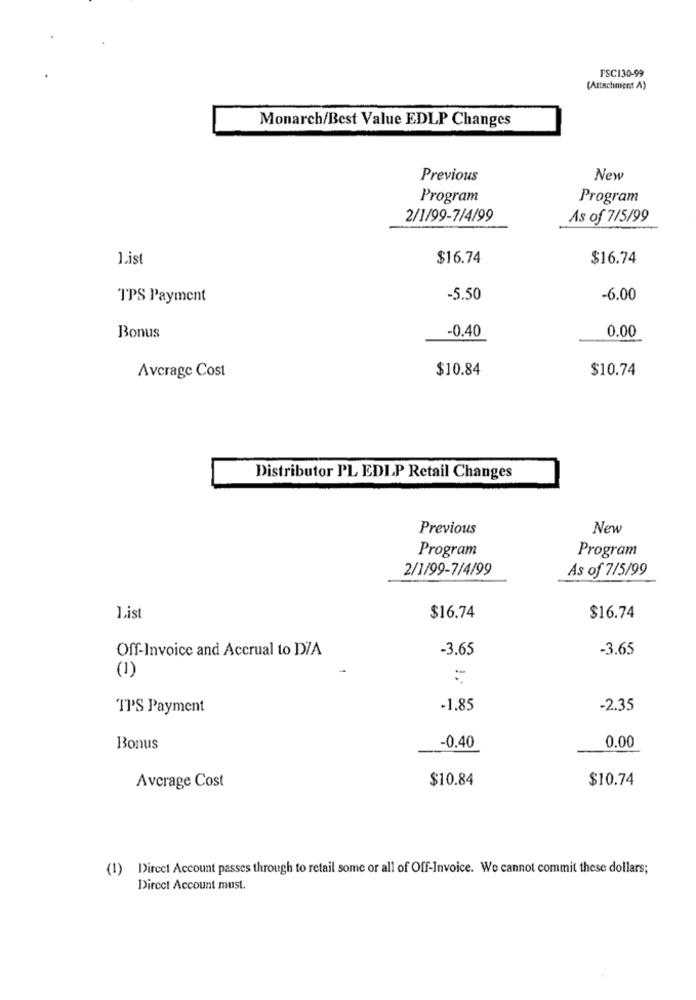
FSC130-99
(Attachment A)
Monarch/Best Value EDLP Changes
Previous
New
Program
Program
2/1/99-7/4/99
As of 7/5/99
List
$16.74
$16.74
TPS Payment
-5.50
-6.00
-0.40
0.00
Bonus
$10.84
$10.74
Average Cost
Distributor PL EDIP Retail Changes
Previous
New
Program
Program
2/1/99-7/4/99
As of 7/5/99
$16.74
$16.74
1.ist
Off-Invoice and Accrual to DIA
-3.65
-3.65
(1)
TPS Payment
-1.85
-2.35
Bonus
-0.40
0.00
$10.84
$10.74
Average Cost
(1) Dircet Account passes through to retail some or all of Off-Invoice. We cannot commit these dollars;
Direct Account must.